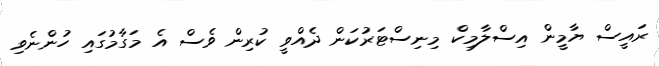
ރައީސް ޔާމީން އިސްލާމިކް މިނިސްޓަރުކަން ދެއްވީ ކުރިން ވެސް އެ މަގާމުގައި ހުންނެވި